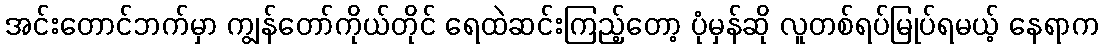
အင်းတောင်ဘက်မှာ ကျွန်တော်ကိုယ်တိုင် ရေထဲဆင်းကြည့်တော့ ပုံမှန်ဆို လူတစ်ရပ်မြုပ်ရမယ့် နေရာက